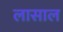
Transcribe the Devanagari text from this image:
लासाल